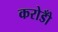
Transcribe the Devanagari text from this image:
करोडोँ